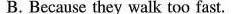
B. Because they walk too fast.